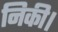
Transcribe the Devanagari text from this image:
निकी।